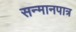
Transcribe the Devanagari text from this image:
सन्‍मानपात्र